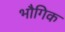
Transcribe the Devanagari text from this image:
भौगिक